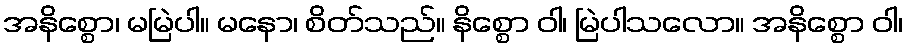
အနိစ္စော၊ မမြဲပါ။ မနော၊ စိတ်သည်။ နိစ္စော ဝါ၊ မြဲပါသလော။ အနိစ္စော ဝါ၊